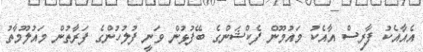
އެއާއެކު ފާރިސް އާއެކު މައުމޫން ފެކްޝަންގެ ބޭފުޅުން ވަނީ ފުލުހުންގެ ފަރާތުން މައުލޫމާތު